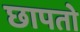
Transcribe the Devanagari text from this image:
छापतो